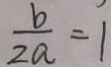
\frac { b } { 2 a } = 1